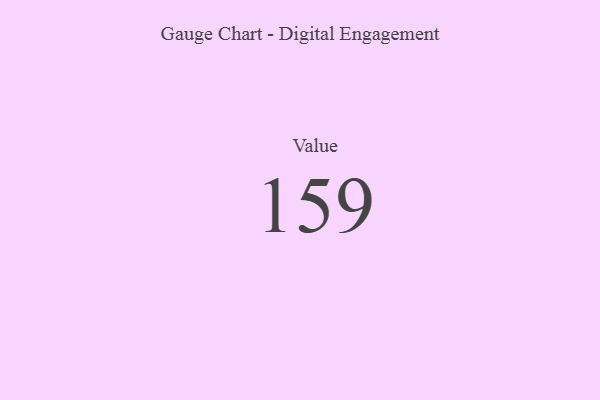
{"axis": {"x": "Metric", "y": "Value"}, "legend": [""], "data": [{"x": "Value", "y": 159, "type": ""}]}